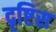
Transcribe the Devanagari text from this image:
दृष्टिस